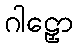
ဂါဠှော